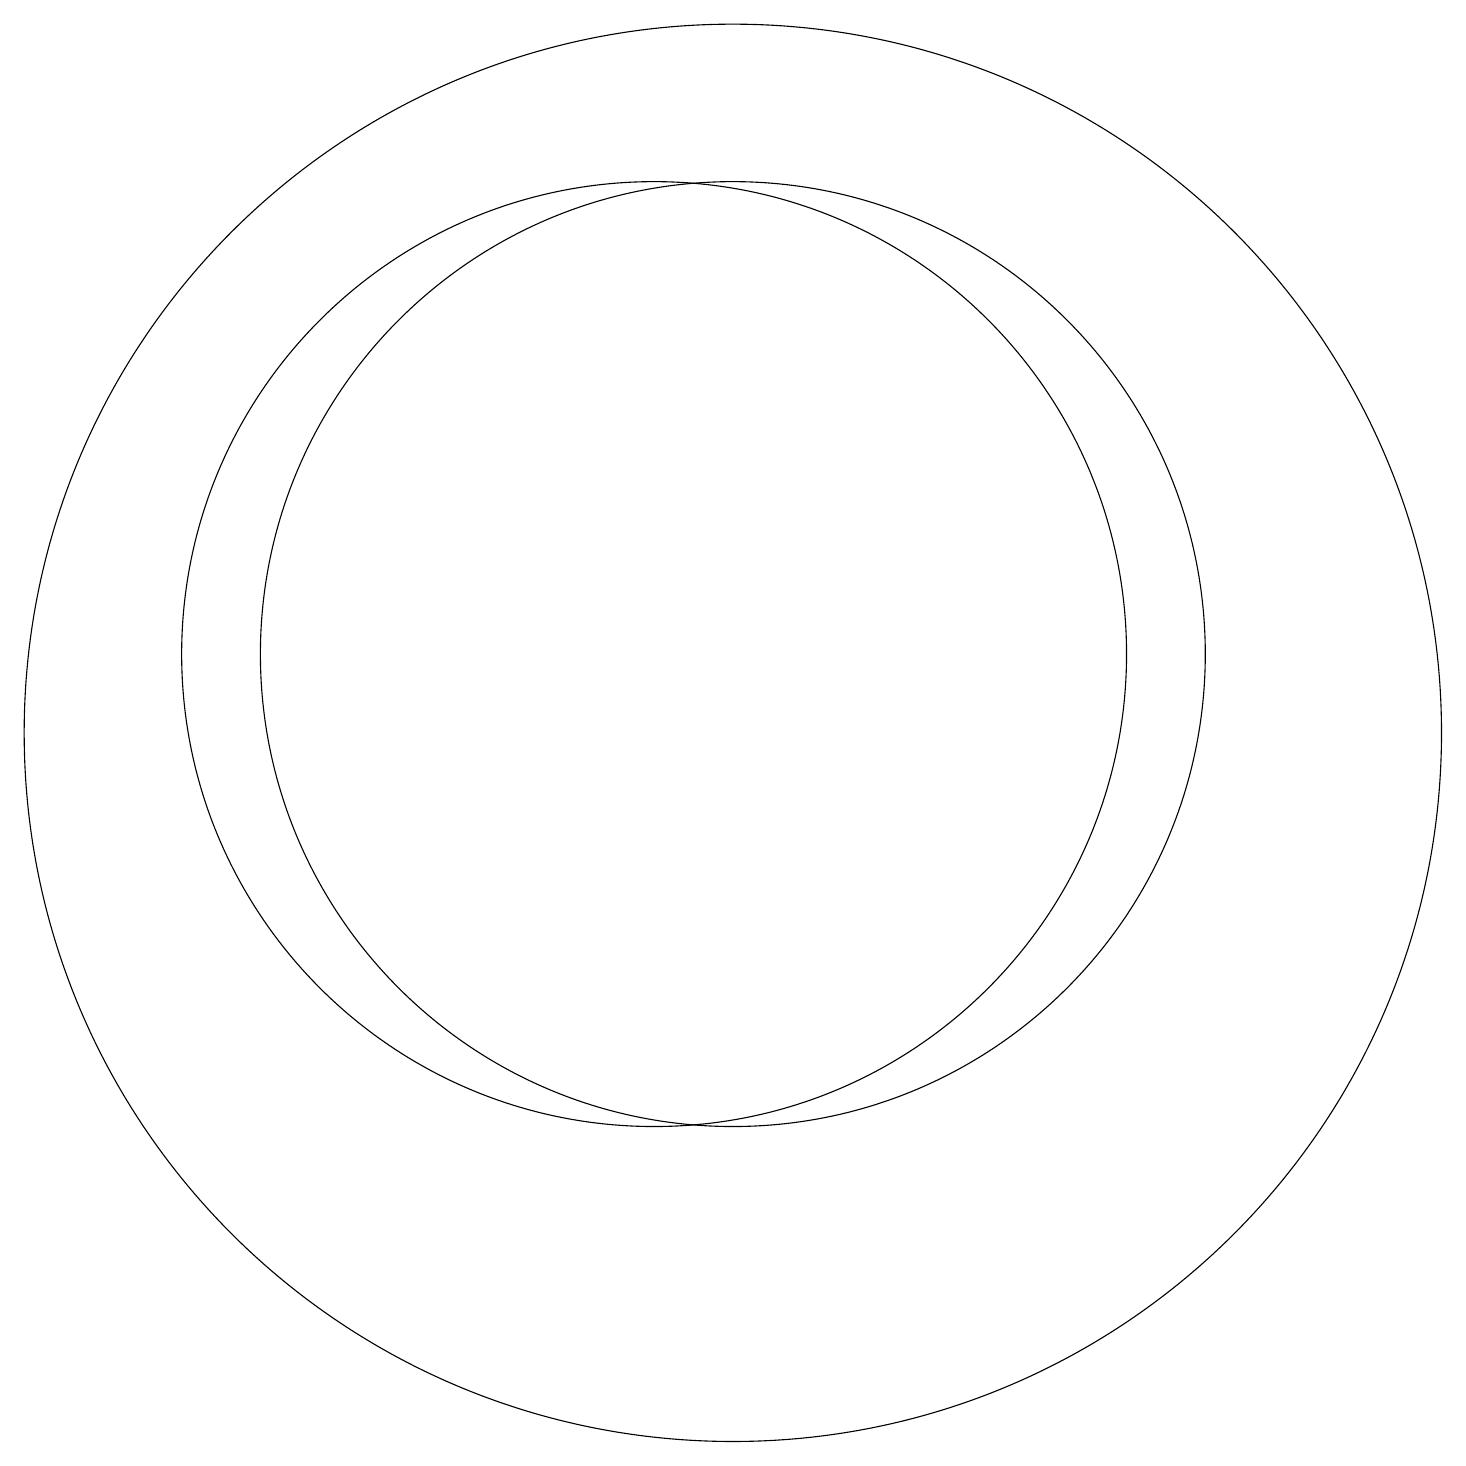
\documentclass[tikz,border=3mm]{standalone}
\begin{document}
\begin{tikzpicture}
\draw (11,12) circle (6);
\draw (11,11) circle (9);
\draw (10,12) circle (6);
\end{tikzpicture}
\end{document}